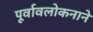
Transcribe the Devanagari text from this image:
पूर्वावलोकनाने